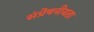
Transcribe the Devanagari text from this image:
संप्रेषनीयता